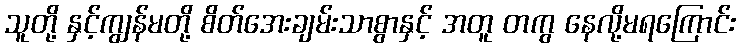
သူတို့ နှင့်ကျွန်မတို့ စိတ်အေးချမ်းသာစွာနှင့် အတူ တကွ နေလို့မရကြောင်း